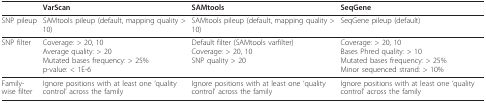
|  | VarScan | SAMtools | SeqGene |
 | --- | --- | --- | --- |
 | SNP pileup | SAMtools pileup (default, mapping quality > 10) | SAMtools pileup (default, mapping quality > 10) | SeqGene pileup (default) |
 | SNP filter | Coverage: > 20, 10Average quality: > 20Mutated bases frequency: > 25%p-value: < 1E-6 | Default filter (SAMtools varfilter)Coverage: > 20, 10SNP quality > 20 | Coverage: > 20, 10Bases Phred quality: > 10Mutated bases frequency: > 25%Minor sequenced strand: > 10% |
 | Family-wise filter | Ignore positions with at least one 'quality control' across the family | Ignore positions with at least one 'quality control' across the family | Ignore positions with at least one 'quality control' across the family |